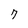
Character: 7